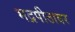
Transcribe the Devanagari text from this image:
भद्रपीठावर